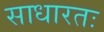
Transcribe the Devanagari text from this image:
साधारतः